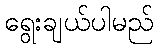
ရွေးချယ်ပါမည်